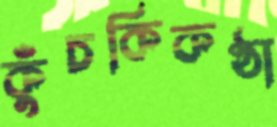
কুঁচকিকণ্ঠা